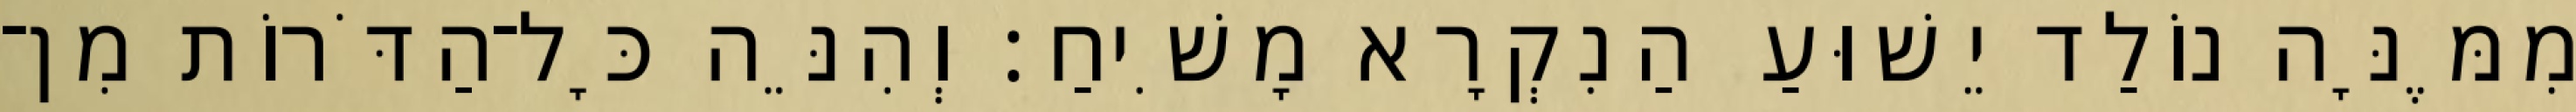
מִמֶּנָּה נוֹלַד יֵשׁוּעַ הַנִקְרָא מָשִׁיחַ׃ וְהִנֵּה כָּל־הַדֹּרוֹת מִן־